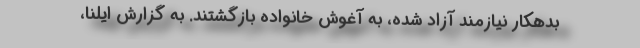
بدهکار نیازمند آزاد شده، به آغوش خانواده بازگشتند. به گزارش ایلنا،